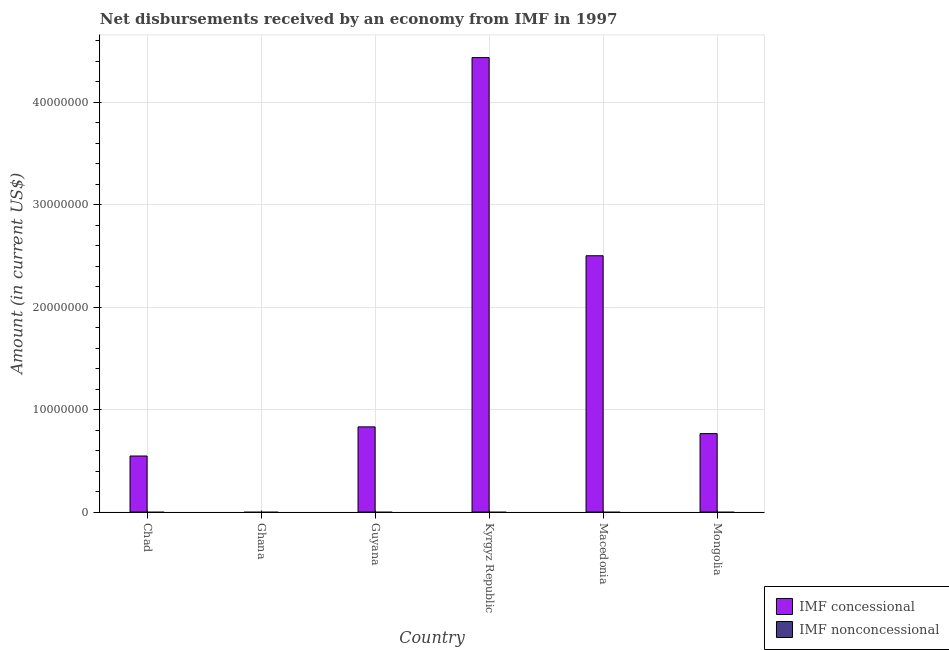
| Country | IMF concessional | IMF nonconcessional |
 | --- | --- | --- |
 | Chad | 5.47e+06 | -5.33e+06 |
 | Ghana | -1.18e+08 | -4.74e+07 |
 | Guyana | 8.32e+06 | -9.24e+06 |
 | Kyrgyz Republic | 4.44e+07 | -9.84e+06 |
 | Macedonia | 2.5e+07 | -4.07e+05 |
 | Mongolia | 7.66e+06 | -8.6e+05 |